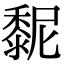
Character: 𪏸